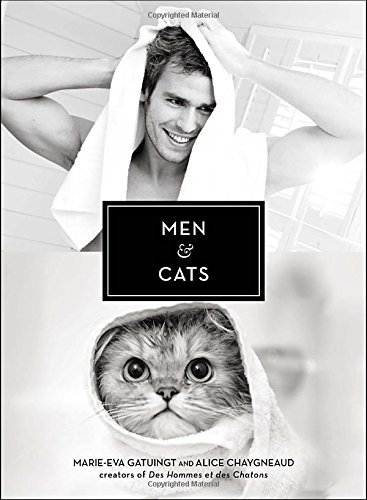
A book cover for Men & Cats; Marie-Eva Gatuingt; Humor & Entertainment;